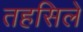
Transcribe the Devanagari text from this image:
तहसिले